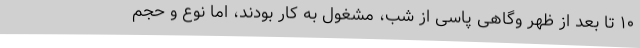
۱۰ تا بعد از ظهر وگاهی پاسی از شب، مشغول به کار بودند، اما نوع و حجم